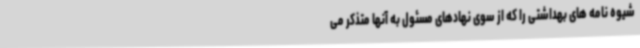
شیوه نامه های بهداشتی را که از سوی نهادهای مسئول به آنها متذکر می